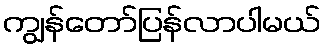
ကျွန်တော်ပြန်လာပါမယ်